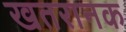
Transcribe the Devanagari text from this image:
खतरानक